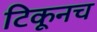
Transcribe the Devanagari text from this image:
टिकूनच